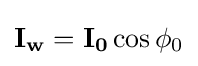
\mathbf {I_{w}} =\mathbf {I_{0}} \cos \phi _{0}